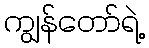
ကျွန်တော်ရဲ့